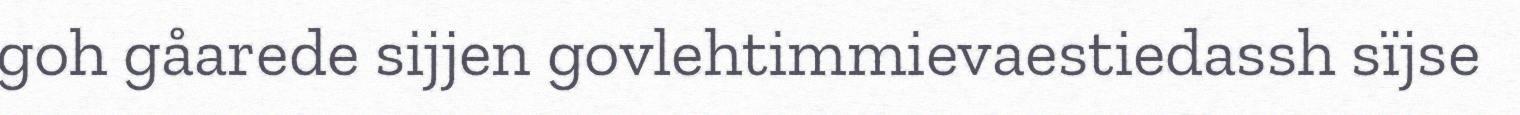
goh gåarede sijjen govlehtimmievaestiedassh sïjse